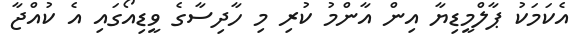
އެކަމަކު ޕާލްމީޑިޔާ އިން އާންމު ކުރި މި ހާދިސާގެ ވީޑިއޯގައި އެ ކުއްޖާ